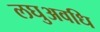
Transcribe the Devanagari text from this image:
लघुअवधि